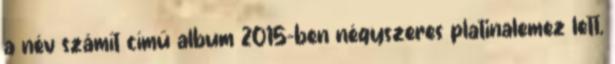
a név számít című album 2015-ben négyszeres platinalemez lett,